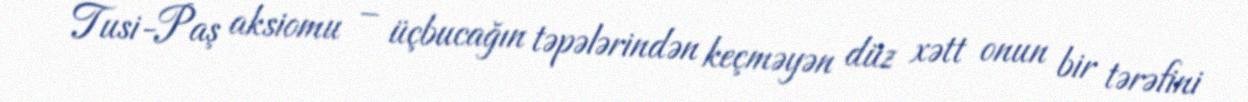
Tusi-Paş aksiomu – üçbucağın təpələrindən keçməyən düz xətt onun bir tərəfini